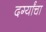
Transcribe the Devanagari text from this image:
दर्ग्यांचा